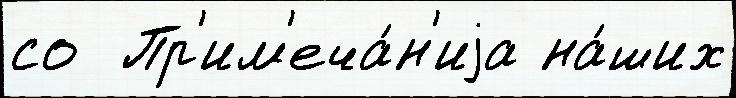
со  Пр'им'еча́н'иjа на́ших